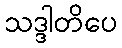
သဒ္ဒါတိပေ